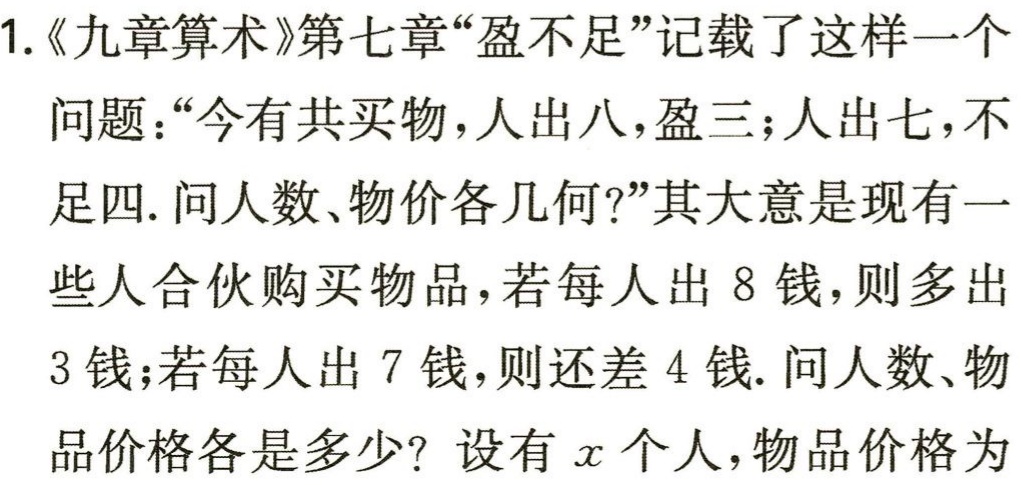
1.《九章算术》第七章“盈不足”记载了这样一个

问题：“今有共买物，人出八，盈三；人出七，不

足四. 问人数、物价各几何?”其大意是现有一

些人合伙购买物品，若每人出 8 钱，则多出

3 钱；若每人出 7 钱，则还差 4 钱. 问人数、物

品价格各是多少？设有\(x\)个人，物品价格为